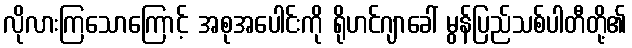
လိုလားကြသောကြောင့် အစုအပေါင်းကို ရိုဟင်ဂျာခေါ် မွန်ပြည်သစ်ပါတီတို့၏